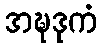
အဍ္ဎဒုကံ